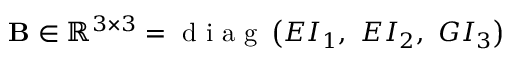
\mathbf { B } \in \mathbb { R } ^ { 3 \times 3 } = \mathrm { ~ d ~ i ~ a ~ g ~ } \left( E { I } _ { 1 } , ~ E { I } _ { 2 } , ~ G { I } _ { 3 } \right)